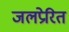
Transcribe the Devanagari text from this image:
जलप्रेरित